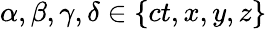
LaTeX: \alpha,\beta,\gamma,\delta\in\left\lbrace ct,x,y,z\right\rbrace